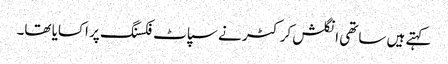
کہتے ہیں ساتھی انگلش کرکٹر نے سپاٹ فکسنگ پر اکسایا تھا۔